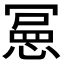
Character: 𭞌